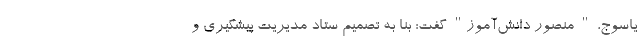
یاسوج، " منصور دانش‌آموز" گفت: بنا به تصمیم ستاد مدیریت پیشگیری و